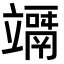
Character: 竵